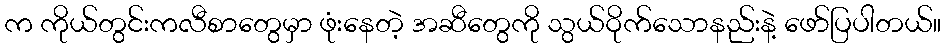
က ကိုယ်တွင်းကလီစာတွေမှာ ဖုံးနေတဲ့ အဆီတွေကို သွယ်ဝိုက်သောနည်းနဲ့ ဖော်ပြပါတယ်။